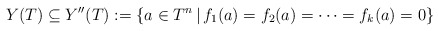
\begin{align*}Y(T) \subseteq Y''(T):=\{a\in T^n \,|\, f_1(a)=f_2(a) = \cdots = f_k(a) = 0\}\end{align*}